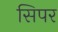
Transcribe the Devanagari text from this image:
सिपर